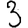
Digit: 3